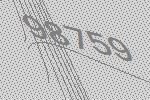
98759